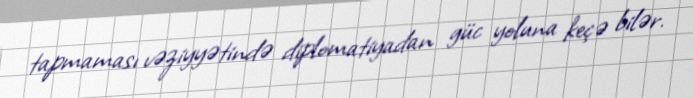
tapmaması vəziyyətində diplomatiyadan güc yoluna keçə bilər.